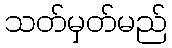
သတ်မှတ်မည်